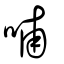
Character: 哺